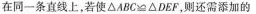
在同一条直线上，若使$$△ A B C ≌ △ D E F$$，则还需添加的